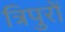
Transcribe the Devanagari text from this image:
त्रिपुरों